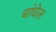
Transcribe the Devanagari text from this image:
बांधेल